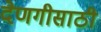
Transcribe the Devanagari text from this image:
देणगीसाठी